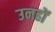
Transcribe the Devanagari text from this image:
उनहों